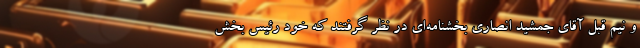
و نیم قبل آقای جمشید انصاری بخشنامه‌ای در نظر گرفتند که خود رئیس بخش